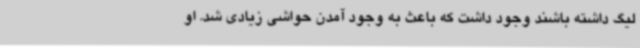
لیگ داشته باشند وجود داشت که باعث به وجود ‌آمدن حواشی زیادی شد. او